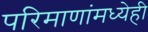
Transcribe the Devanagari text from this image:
परिमाणांमध्येही